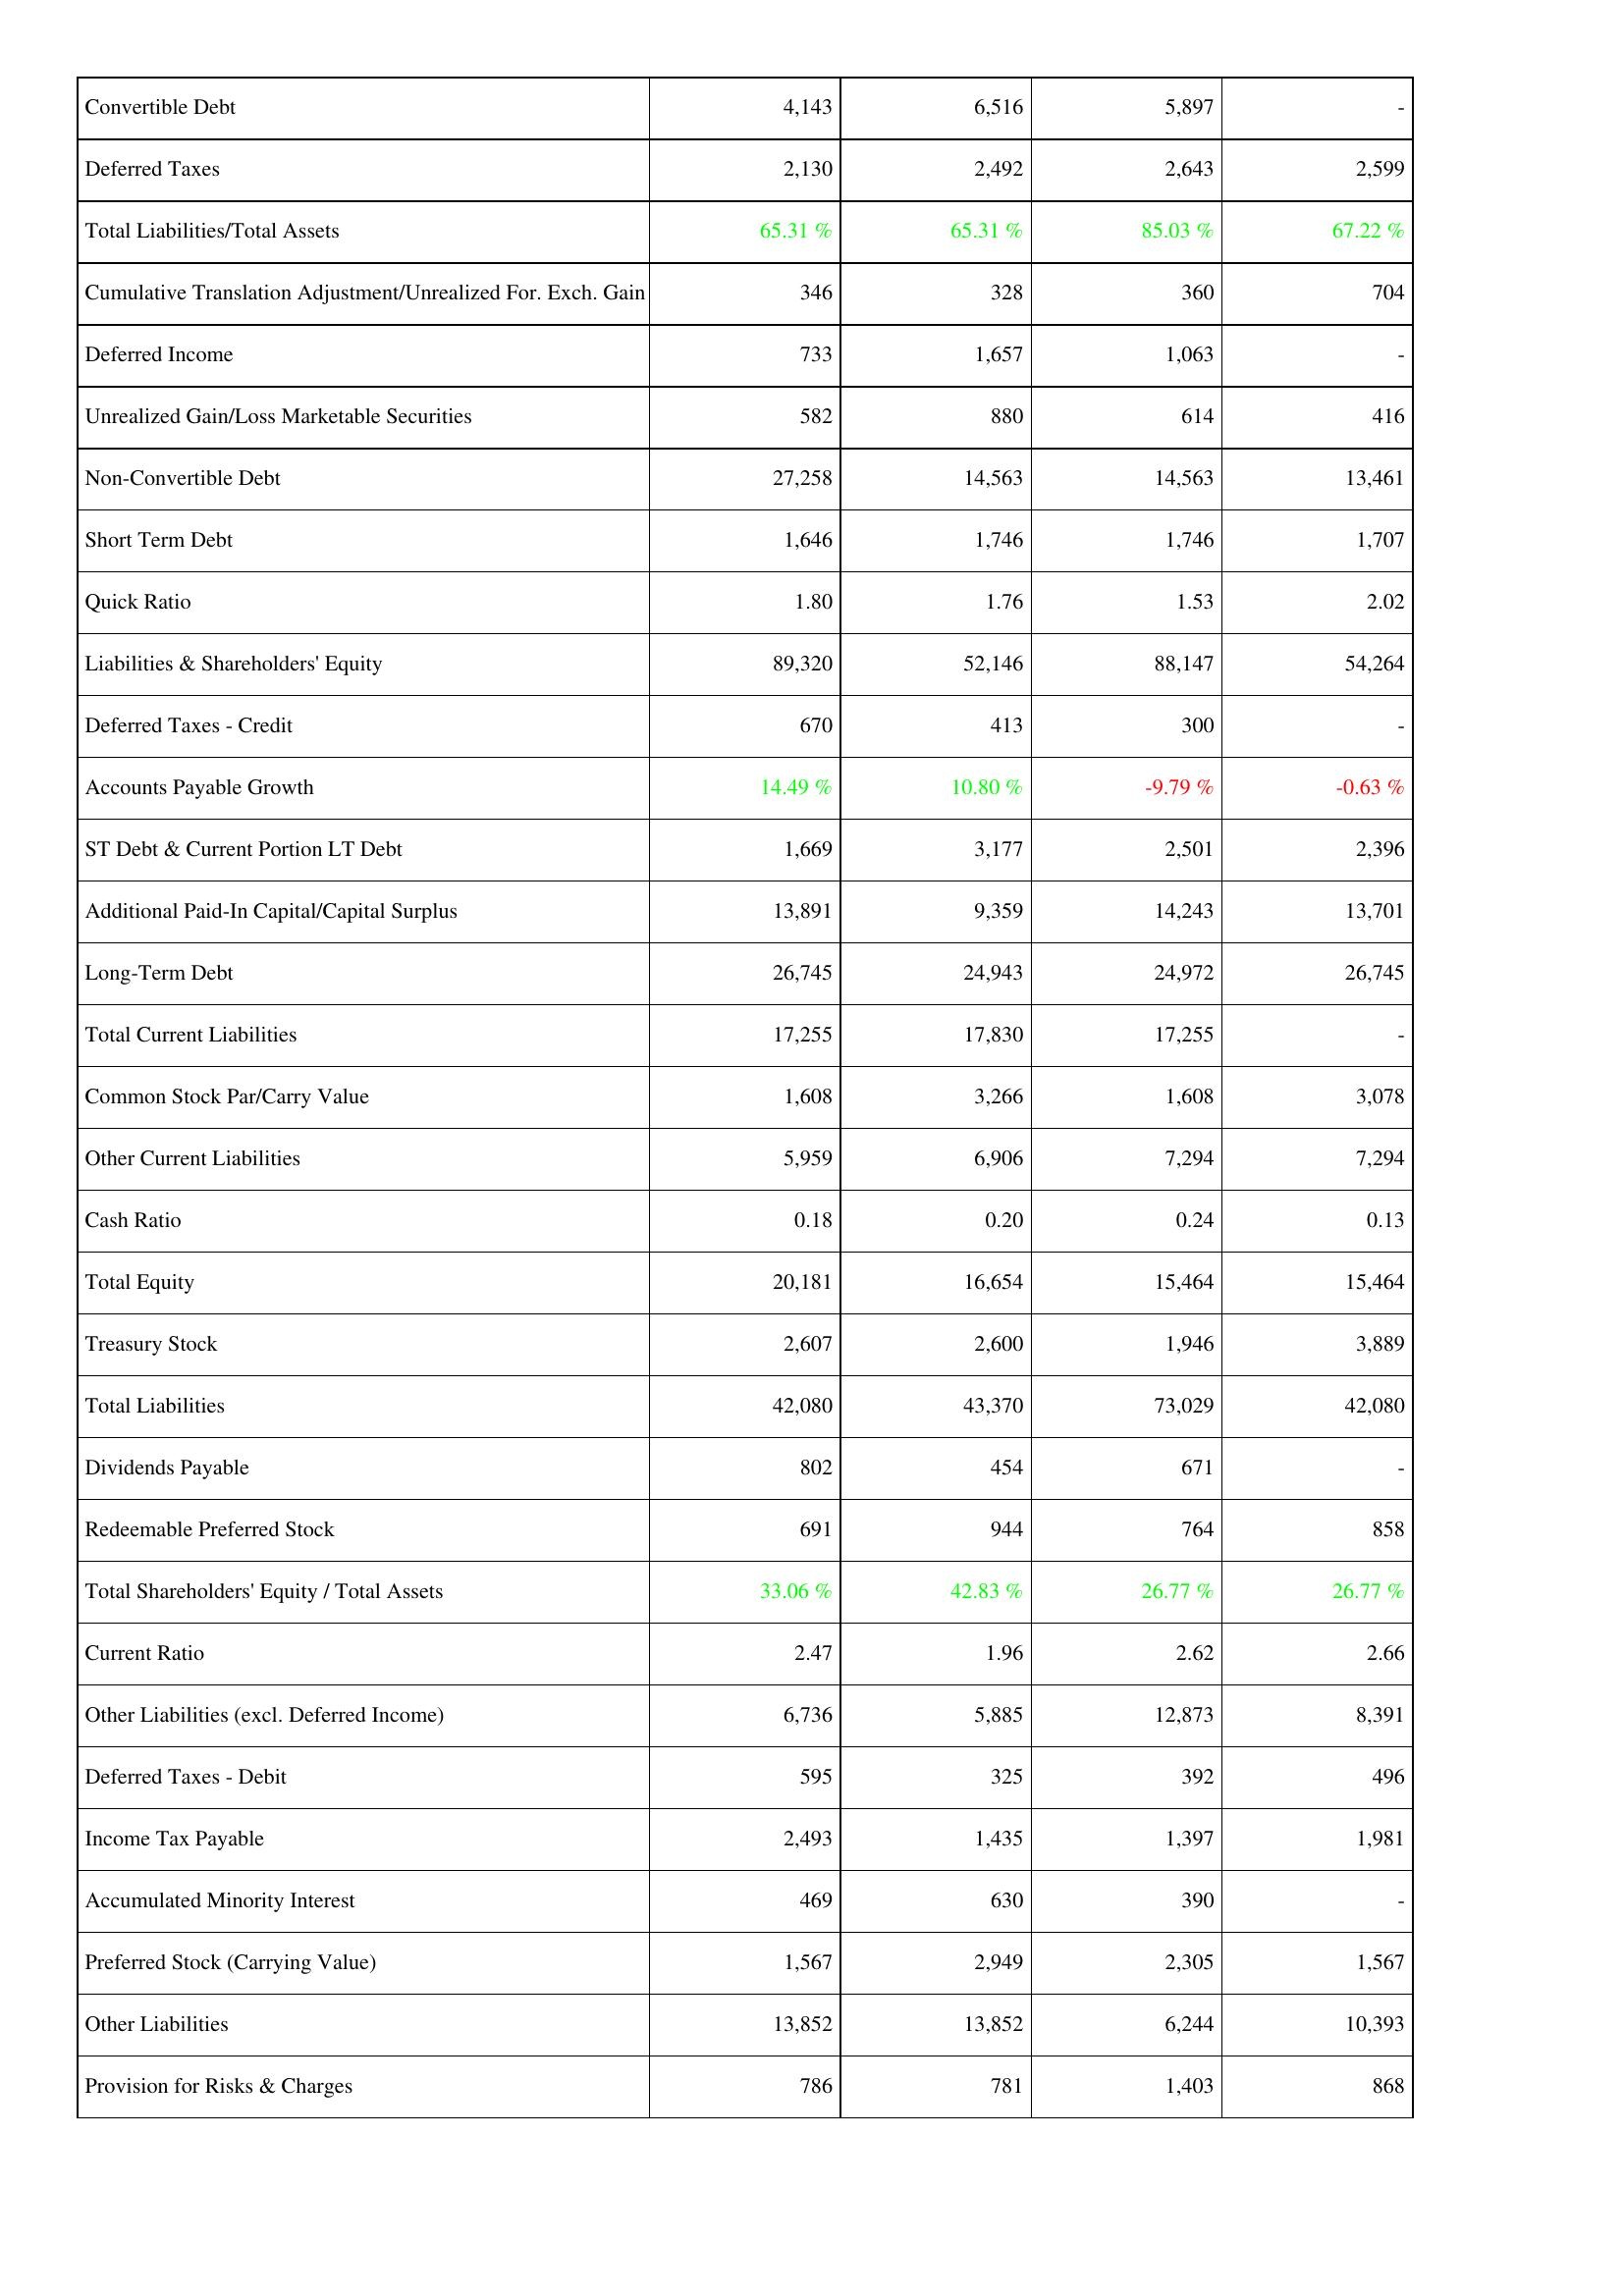
2008: Liabilities & Shareholders' Equity: Convertible Debt: 4,143
Deferred Taxes: 2,130
Total Liabilities/Total Assets: 65.31 %
Cumulative Translation Adjustment/Unrealized For. Exch. Gain: 346
Deferred Income: 733
Unrealized Gain/Loss Marketable Securities: 582
Non-Convertible Debt: 27,258
Short Term Debt: 1,646
Quick Ratio: 1.80
Liabilities & Shareholders' Equity: 89,320
Deferred Taxes - Credit: 670
Accounts Payable Growth: 14.49 %
ST Debt & Current Portion LT Debt: 1,669
Additional Paid-In Capital/Capital Surplus: 13,891
Long-Term Debt: 26,745
Total Current Liabilities: 17,255
Common Stock Par/Carry Value: 1,608
Other Current Liabilities: 5,959
Cash Ratio: 0.18
Total Equity: 20,181
Treasury Stock: 2,607
Total Liabilities: 42,080
Dividends Payable: 802
Redeemable Preferred Stock: 691
Total Shareholders' Equity / Total Assets: 33.06 %
Current Ratio: 2.47
Other Liabilities (excl. Deferred Income): 6,736
Deferred Taxes - Debit: 595
Income Tax Payable: 2,493
Accumulated Minority Interest: 469
Preferred Stock (Carrying Value): 1,567
Other Liabilities: 13,852
Provision for Risks & Charges: 786
2007: Liabilities & Shareholders' Equity: Convertible Debt: 6,516
Deferred Taxes: 2,492
Total Liabilities/Total Assets: 65.31 %
Cumulative Translation Adjustment/Unrealized For. Exch. Gain: 328
Deferred Income: 1,657
Unrealized Gain/Loss Marketable Securities: 880
Non-Convertible Debt: 14,563
Short Term Debt: 1,746
Quick Ratio: 1.76
Liabilities & Shareholders' Equity: 52,146
Deferred Taxes - Credit: 413
Accounts Payable Growth: 10.80 %
ST Debt & Current Portion LT Debt: 3,177
Additional Paid-In Capital/Capital Surplus: 9,359
Long-Term Debt: 24,943
Total Current Liabilities: 17,830
Common Stock Par/Carry Value: 3,266
Other Current Liabilities: 6,906
Cash Ratio: 0.20
Total Equity: 16,654
Treasury Stock: 2,600
Total Liabilities: 43,370
Dividends Payable: 454
Redeemable Preferred Stock: 944
Total Shareholders' Equity / Total Assets: 42.83 %
Current Ratio: 1.96
Other Liabilities (excl. Deferred Income): 5,885
Deferred Taxes - Debit: 325
Income Tax Payable: 1,435
Accumulated Minority Interest: 630
Preferred Stock (Carrying Value): 2,949
Other Liabilities: 13,852
Provision for Risks & Charges: 781
2006: Liabilities & Shareholders' Equity: Convertible Debt: 5,897
Deferred Taxes: 2,643
Total Liabilities/Total Assets: 85.03 %
Cumulative Translation Adjustment/Unrealized For. Exch. Gain: 360
Deferred Income: 1,063
Unrealized Gain/Loss Marketable Securities: 614
Non-Convertible Debt: 14,563
Short Term Debt: 1,746
Quick Ratio: 1.53
Liabilities & Shareholders' Equity: 88,147
Deferred Taxes - Credit: 300
Accounts Payable Growth: -9.79 %
ST Debt & Current Portion LT Debt: 2,501
Additional Paid-In Capital/Capital Surplus: 14,243
Long-Term Debt: 24,972
Total Current Liabilities: 17,255
Common Stock Par/Carry Value: 1,608
Other Current Liabilities: 7,294
Cash Ratio: 0.24
Total Equity: 15,464
Treasury Stock: 1,946
Total Liabilities: 73,029
Dividends Payable: 671
Redeemable Preferred Stock: 764
Total Shareholders' Equity / Total Assets: 26.77 %
Current Ratio: 2.62
Other Liabilities (excl. Deferred Income): 12,873
Deferred Taxes - Debit: 392
Income Tax Payable: 1,397
Accumulated Minority Interest: 390
Preferred Stock (Carrying Value): 2,305
Other Liabilities: 6,244
Provision for Risks & Charges: 1,403
2005: Liabilities & Shareholders' Equity: Convertible Debt: -
Deferred Taxes: 2,599
Total Liabilities/Total Assets: 67.22 %
Cumulative Translation Adjustment/Unrealized For. Exch. Gain: 704
Deferred Income: -
Unrealized Gain/Loss Marketable Securities: 416
Non-Convertible Debt: 13,461
Short Term Debt: 1,707
Quick Ratio: 2.02
Liabilities & Shareholders' Equity: 54,264
Deferred Taxes - Credit: -
Accounts Payable Growth: -0.63 %
ST Debt & Current Portion LT Debt: 2,396
Additional Paid-In Capital/Capital Surplus: 13,701
Long-Term Debt: 26,745
Total Current Liabilities: -
Common Stock Par/Carry Value: 3,078
Other Current Liabilities: 7,294
Cash Ratio: 0.13
Total Equity: 15,464
Treasury Stock: 3,889
Total Liabilities: 42,080
Dividends Payable: -
Redeemable Preferred Stock: 858
Total Shareholders' Equity / Total Assets: 26.77 %
Current Ratio: 2.66
Other Liabilities (excl. Deferred Income): 8,391
Deferred Taxes - Debit: 496
Income Tax Payable: 1,981
Accumulated Minority Interest: -
Preferred Stock (Carrying Value): 1,567
Other Liabilities: 10,393
Provision for Risks & Charges: 868